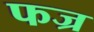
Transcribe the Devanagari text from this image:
फज्र